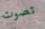
تصوت